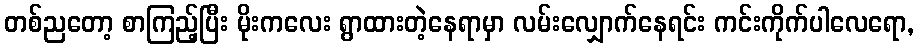
တစ်ညတော့ စာကြည့်ပြီး မိုးကလေး ရွာထားတဲ့နေရာမှာ လမ်းလျှောက်နေရင်း ကင်းကိုက်ပါလေရော,